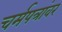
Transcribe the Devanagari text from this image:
चर्मपत्रांवर